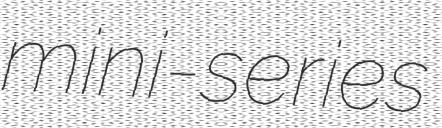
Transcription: mini-series